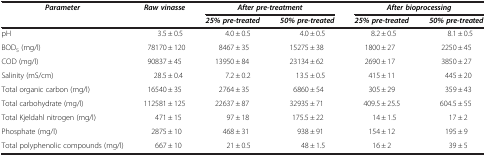
| <ROWSPAN=2> Parameter | <ROWSPAN=2> Raw vinasse | <COLSPAN=2> After pre-treatment | <COLSPAN=2> After bioprocessing |
 | 25% pre-treated | 50% pre-treated | 25% pre-treated | 50% pre-treated |
 | --- | --- | --- | --- | --- | --- |
 | pH | 3.5 ± 0.5 | 4.0 ± 0.5 | 4.0 ± 0.5 | 8.2 ± 0.5 | 8.1 ± 0.5 |
 | BOD5 (mg/l) | 78170 ± 120 | 8467 ± 35 | 15275 ± 38 | 1800 ± 27 | 2250 ± 45 |
 | COD (mg/l) | 90837 ± 45 | 13950 ± 84 | 23134 ± 62 | 2690 ± 17 | 3850 ± 27 |
 | Salinity (mS/cm) | 28.5 ± 0.4 | 7.2 ± 0.2 | 13.5 ± 0.5 | 415 ± 11 | 445 ± 20 |
 | Total organic carbon (mg/l) | 16540 ± 35 | 2764 ± 35 | 6860 ± 54 | 305 ± 29 | 359 ± 43 |
 | Total carbohydrate (mg/l) | 112581 ± 125 | 22637 ± 87 | 32935 ± 71 | 409.5 ± 25.5 | 604.5 ± 55 |
 | Total Kjeldahl nitrogen (mg/l) | 471 ± 15 | 97 ± 18 | 175.5 ± 22 | 14 ± 1.5 | 17 ± 2 |
 | Phosphate (mg/l) | 2875 ± 10 | 468 ± 31 | 938 ± 91 | 154 ± 12 | 195 ± 9 |
 | Total polyphenolic compounds (mg/l) | 667 ± 10 | 21 ± 0.5 | 48 ± 1.5 | 16 ± 2 | 39 ± 5 |